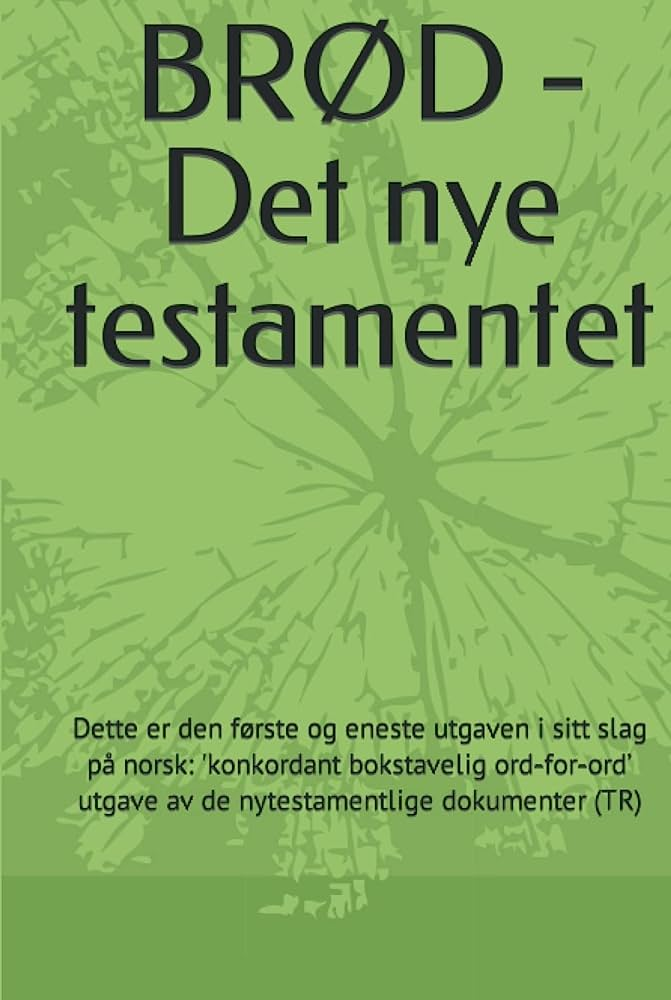
Language: no